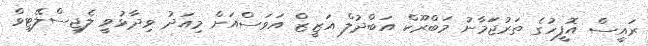
ރައީސް އޮފީހުގެ ތަރުޖަަމާނު މަބްރޫކް އަބްދުލް އަޒީޒް އަވަސްއަށް މިއަދު ވިދާޅުވީ ލެޖިސްލޭޓިވް